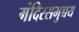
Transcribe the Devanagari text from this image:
मंदिरसमुच्चय